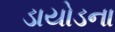
ડાયોડના